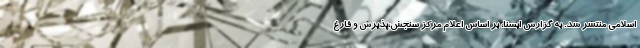
اسلامی منتشر شد. به گزارش ایسنا، بر اساس اعلام مرکز سنجش،پذیرش و فارغ